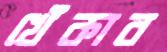
খেঁকাব